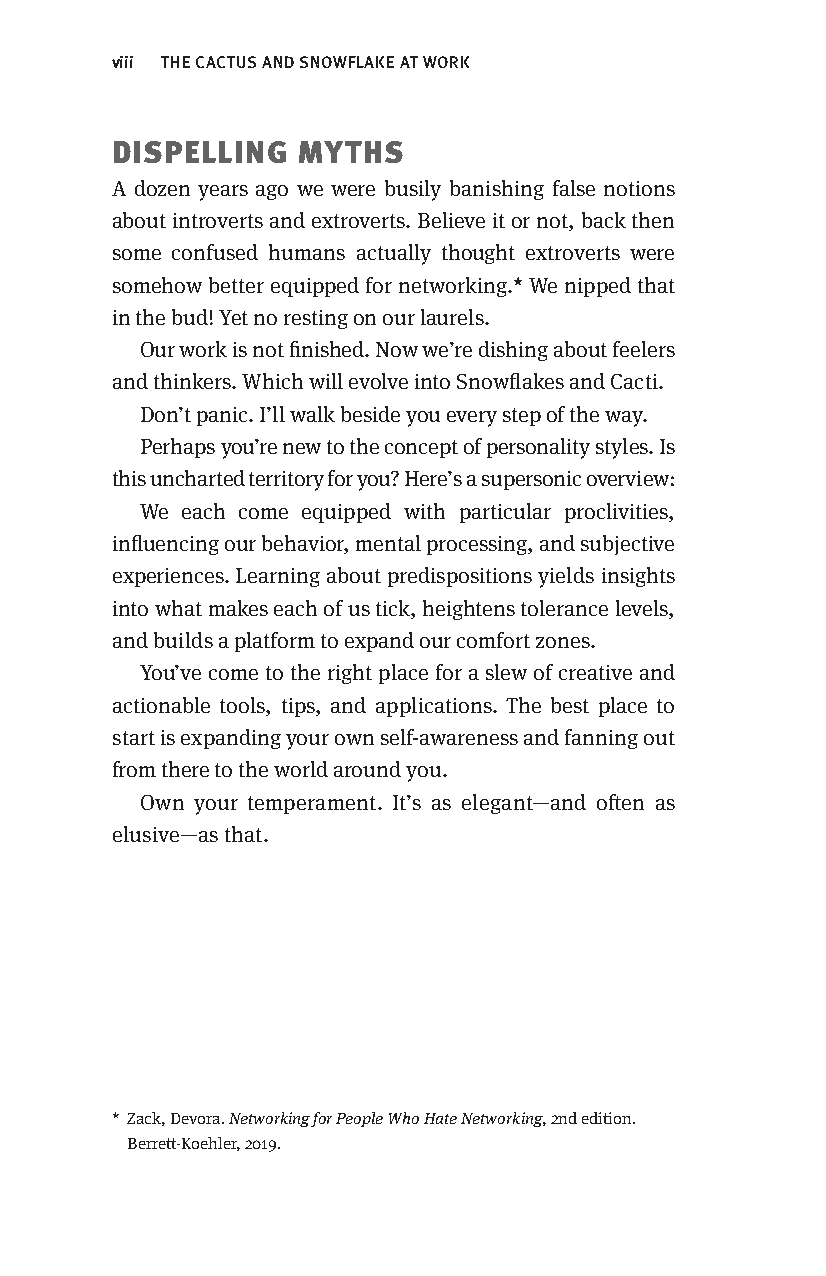
viii THE CACTUS AND SNOWFLAKE AT WORK
 DISPELLING  MYTHS
 A dozen years ago we were busily banishing false notions
 about introverts and extroverts. Believe it or not, back then
 some confused humans actually thought extroverts were
 somehow better equipped for networking.* We nipped that
 in the bud! Yet no resting on our laurels.
 Our work is not finished. Now we’re dishing about feelers
 and thinkers. Which will evolve into Snowflakes and Cacti.
 Don’t panic. I’ll walk beside you every step of the way.
 Perhaps you’re new to the concept of personality styles. Is
 this uncharted territory for you? Here’s a supersonic overview:
 We each come equipped with particular proclivities,
 influencing our behavior, mental processing, and subjective
 experiences. Learning about predispositions yields insights
 into what makes each of us tick, heightens tolerance levels,
 and builds a platform to expand our comfort zones.
 You’ve come to the right place for a slew of creative and
 actionable tools, tips, and applications. The best place to
 start is expanding your own self-awareness and fanning out
 from there to the world around you.
 Own your temperament. It’s as elegant—and often as
 elusive—as that.
 * Zack, Devora. Networking for People Who Hate Networking, 2nd edition.
 Berrett-Koehler, 2019.